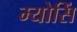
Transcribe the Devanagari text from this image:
म्योसिं